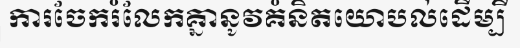
ការចែករំលែកគ្នានូវគំនិតយោបល់ដើម្បី